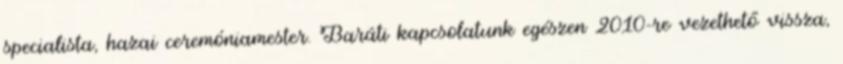
specialista, hazai ceremóniamester. Baráti kapcsolatunk egészen 2010-re vezethető vissza,